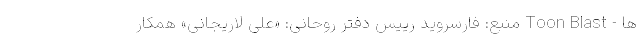
ها - Toon Blast منبع: فارسروید رییس دفتر روحانی: «علی لاریجانی» همکار